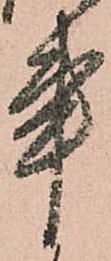
事